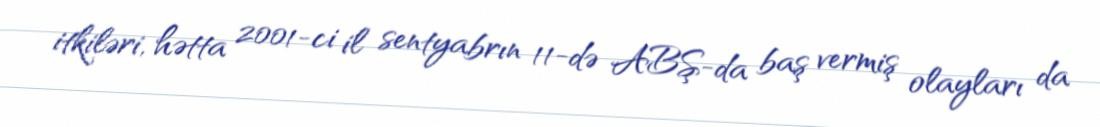
itkiləri, hətta 2001-ci il sentyabrın 11-də ABŞ-da baş vermiş olayları da